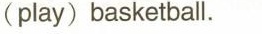
(play) basketball.